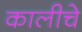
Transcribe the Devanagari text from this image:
कालीचे